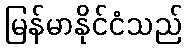
မြန်မာနိုင်ငံသည်